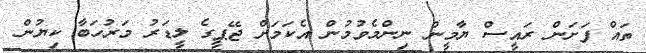
ތައް ފަށަން ރައީސް ޔާމީން ނިންމެވުމުން އެކަމަށް ޖޭޕީގެ ލީޑަރު މަރުހަބާ ކިޔުން